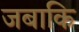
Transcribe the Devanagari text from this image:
जबाकि